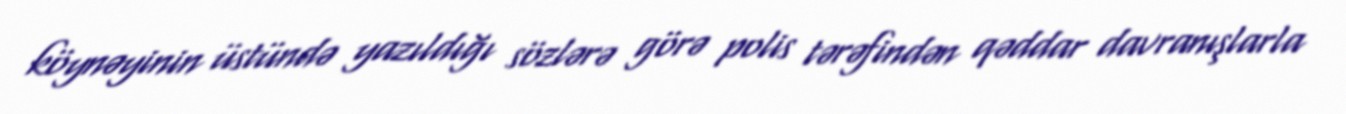
köynəyinin üstündə yazıldığı sözlərə görə polis tərəfindən qəddar davranışlarla